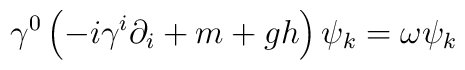
\gamma^0 \left(-i\gamma^i \partial_i + m + gh\right) \psi_k = \omega \psi_k